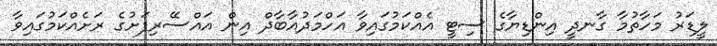
ލީޑަރު މަހާތުމާ ގާނދީ އިންޑިޔާގެ ސިޓީ އެއްކަމުގައިވާ އަހްމަދުއާބާދް އިން އައްސޭރިފަށުގެ ރަށެއްކަމުގައިވާ